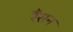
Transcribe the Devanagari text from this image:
रैंसन